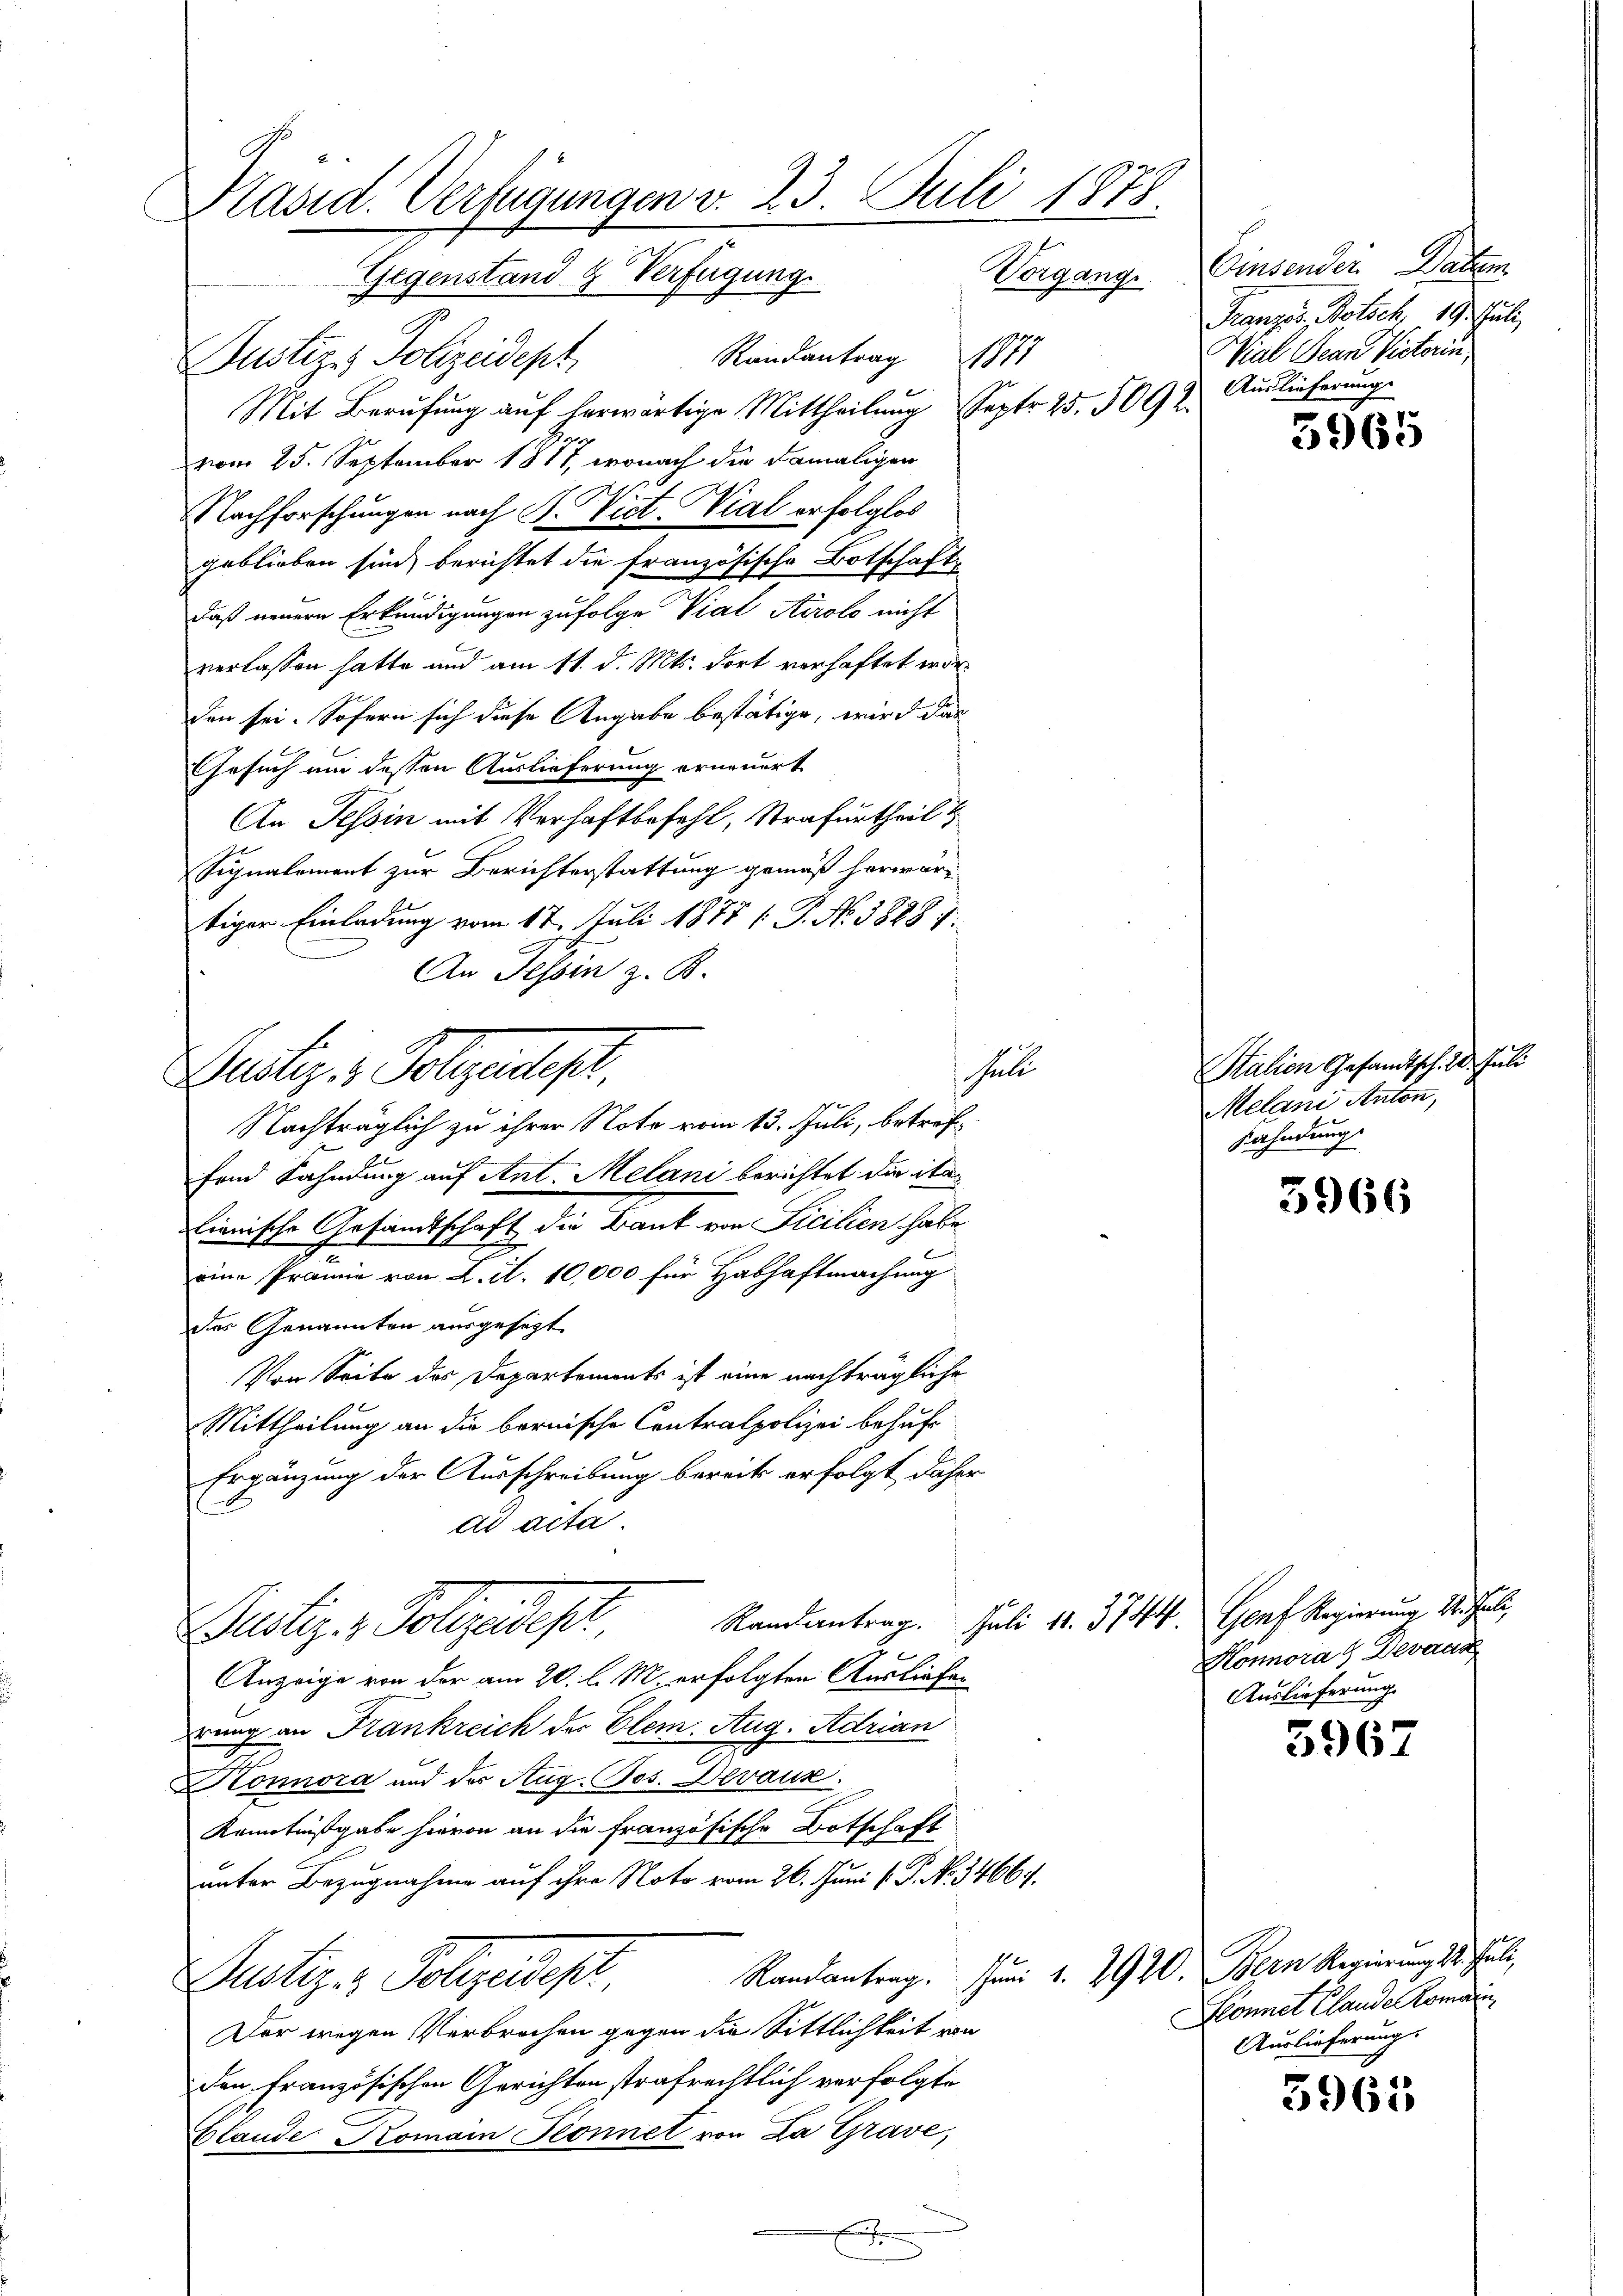
Präsid. Verfügungen v. 23. Juli 1878.
Vorgang.
Gegenstand & Verfügung

Randantrag
Dustiz & Polizeidept,
Mit Berufung auf herwärtige Mittheilung Septr. 25. 5092.
vom 25. September 1817, wonach die damaligen
.
Nachforschungen nach P. Vict. Vial erfolglos
geblieben sind, berichtet die französische Botschaft
daß neuern Erkundigungen zufolge Vial Airolo nicht
verlassen hatte und am 11. d. Mts. dort verhaftet worden sei. Sofern sich diese Angabe bestätige, wird das
Gesuch um dessen Auslieferung erneuert
An Tessin mit Verhaftbefehl, Strafurtheil
Signalement zur Berichterstattung gemäß herwartiger Einladung vom 17. Juli 1877 ( P. No 3888 f.
An Tessin z. K.
Nachträglich zu ihrer Note vom 13. Juli, betrefs
fond Fahndung auf Ant. Melani berichtet die ita
lienische Gesandtschaft die Bank von Ficilien habe
eine Prämie von L. it. 10,000 für Habhaftmachung
des Genannten ausgesezt
Von Seite des Departements ist eine nachträgliche
Mittheilung an die bernische Centralpolizei behufs
Ergänzung der Ausschreibung bereits erfolgt daher
ad acta.
Randantrag.
Justiz & Polizeides
Anzeige von der am 20. d. M. erfolgten Ausliefen
rung an Krankreich der Clem. Aug. Adrian
Konnora und des Aug Jos. Devaux.
Kenntnißgabe hievon an die Französische Botschaft
unter Bezugnahme auf ihre Note vom 26. Juni l. P. No. 34667.
Justiz- & Polizeidest
Der wegen Verbrechen gegen die Sittlichkeit von
den französischen Gerichten strafrechtlich verfolgte
blande Komain Sonnet von La Grave,
h

Zustiz & Polizeistes

Einsenden Datum
Franzis Botsch. 19. Juli
Wial Jean Victorin,
110
Auslieferungs

halte

Randantrag. Juni 1. 2920. Bern Regierung l. Juli

5965

Salien Gesandtsch. 20. Juli
Melani Anton,
Fahndung

5966

Juli 11. 3744. Genf Regierung 1. Juli
Konnora Devaux
Auslieferung.

3967

Hlonnet Clauder Komann
Auslieferung.

5965